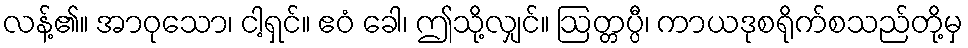
လန့်၏။ အာဝုသော၊ ငါ့ရှင်။ ဧဝံ ခေါ၊ ဤသို့လျှင်။ ဩတ္တပ္ပီ၊ ကာယဒုစရိုက်စသည်တို့မှ